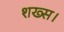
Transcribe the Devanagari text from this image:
शख्स।